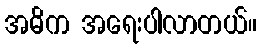
အဓိက အရေးပါလာတယ်။